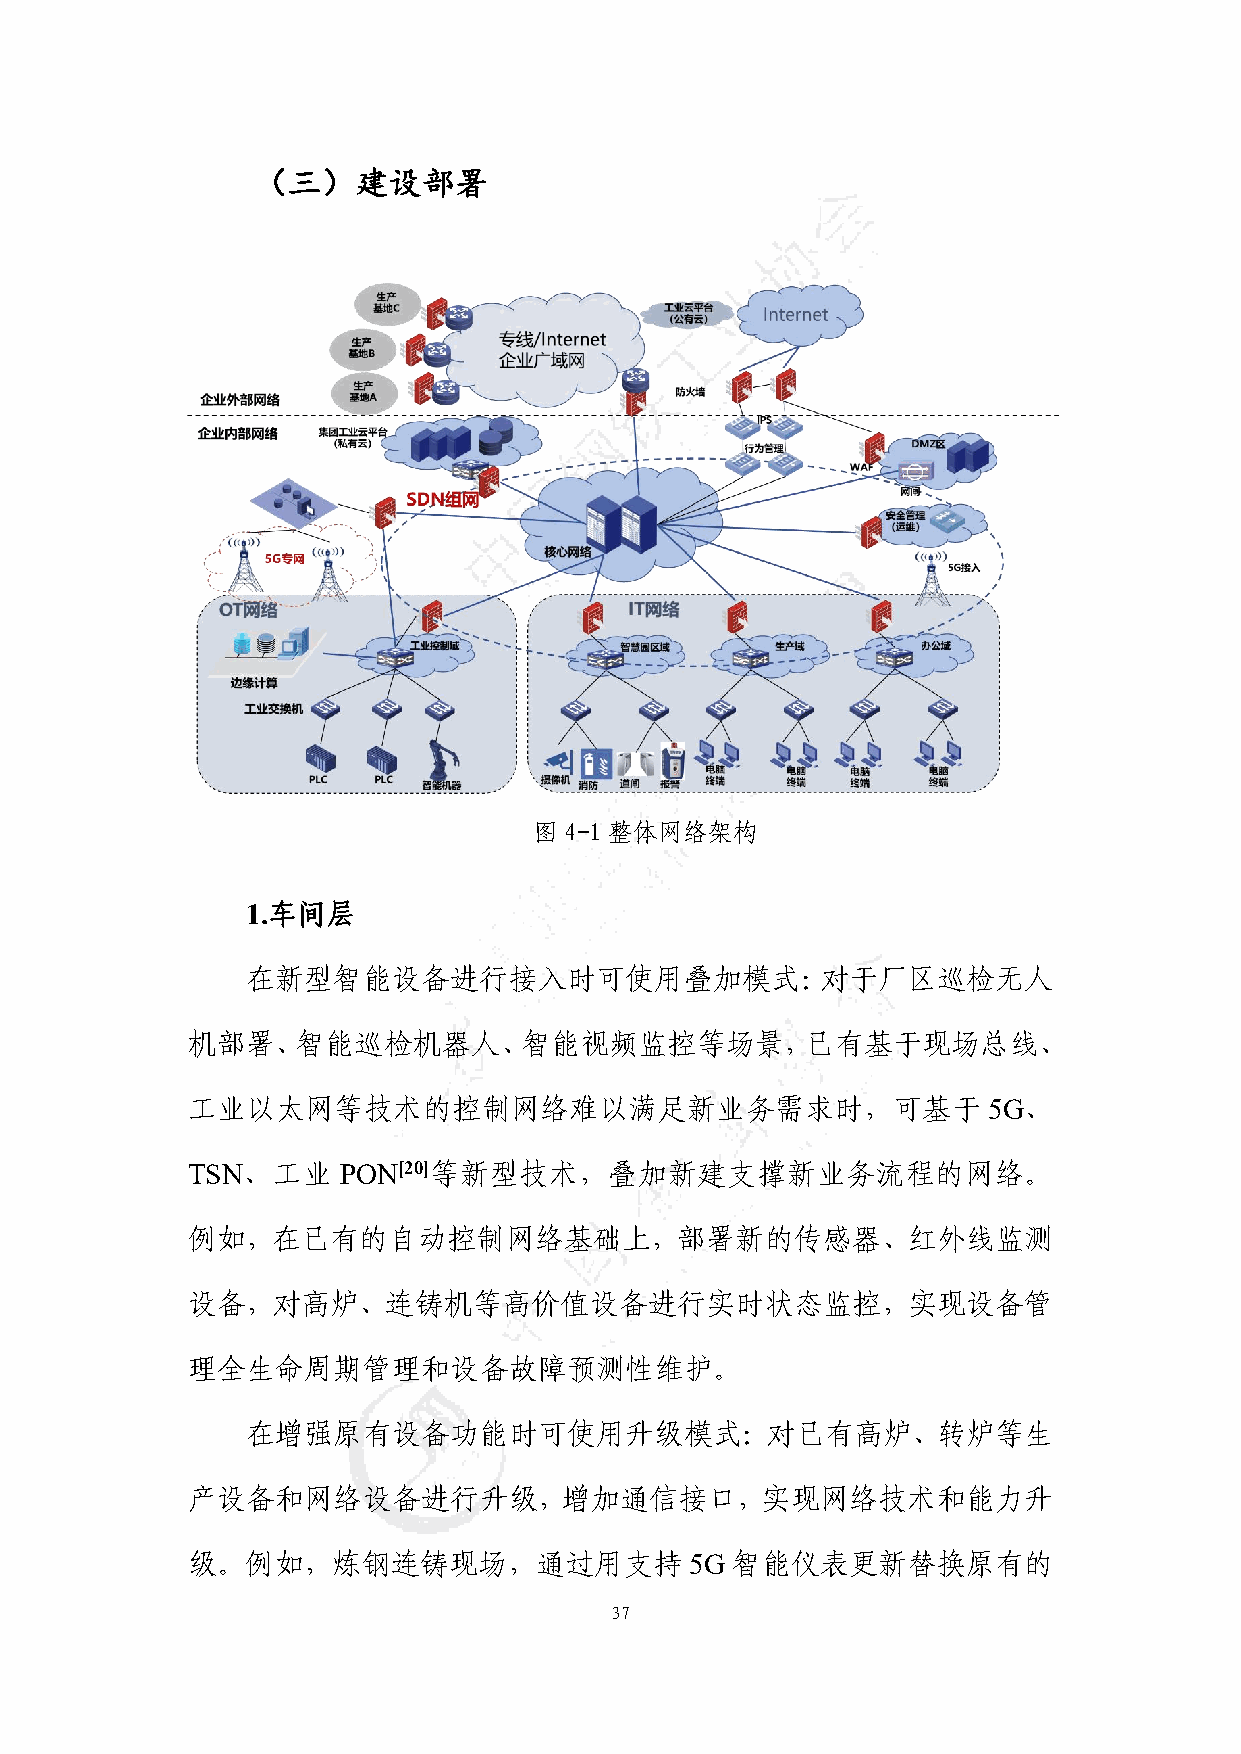
（三）建设部署
 图4-1整体网络架构
 1.车间层
 在新型智能设备进行接入时可使用叠加模式：对于厂区巡检无人
 机部署、智能巡检机器人、智能视频监控等场景，已有基于现场总线、
 工业以太网等技术的控制网络难以满足新业务需求时，可基于                          5G、
 TSN、工业    PON[20]等新型技术，叠加新建支撑新业务流程的网络。
 例如，在已有的自动控制网络基础上，部署新的传感器、红外线监测
 设备，对高炉、连铸机等高价值设备进行实时状态监控，实现设备管
 理全生命周期管理和设备故障预测性维护。
 在增强原有设备功能时可使用升级模式：对已有高炉、转炉等生
 产设备和网络设备进行升级，增加通信接口，实现网络技术和能力升
 级。例如，炼钢连铸现场，通过用支持                 5G 智能仪表更新替换原有的
 37